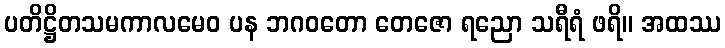
ပတိဋ္ဌိတသမကာလမေဝ ပန ဘဂဝတော တေဇော ရညော သရီရံ ဖရိ။ အထဿ